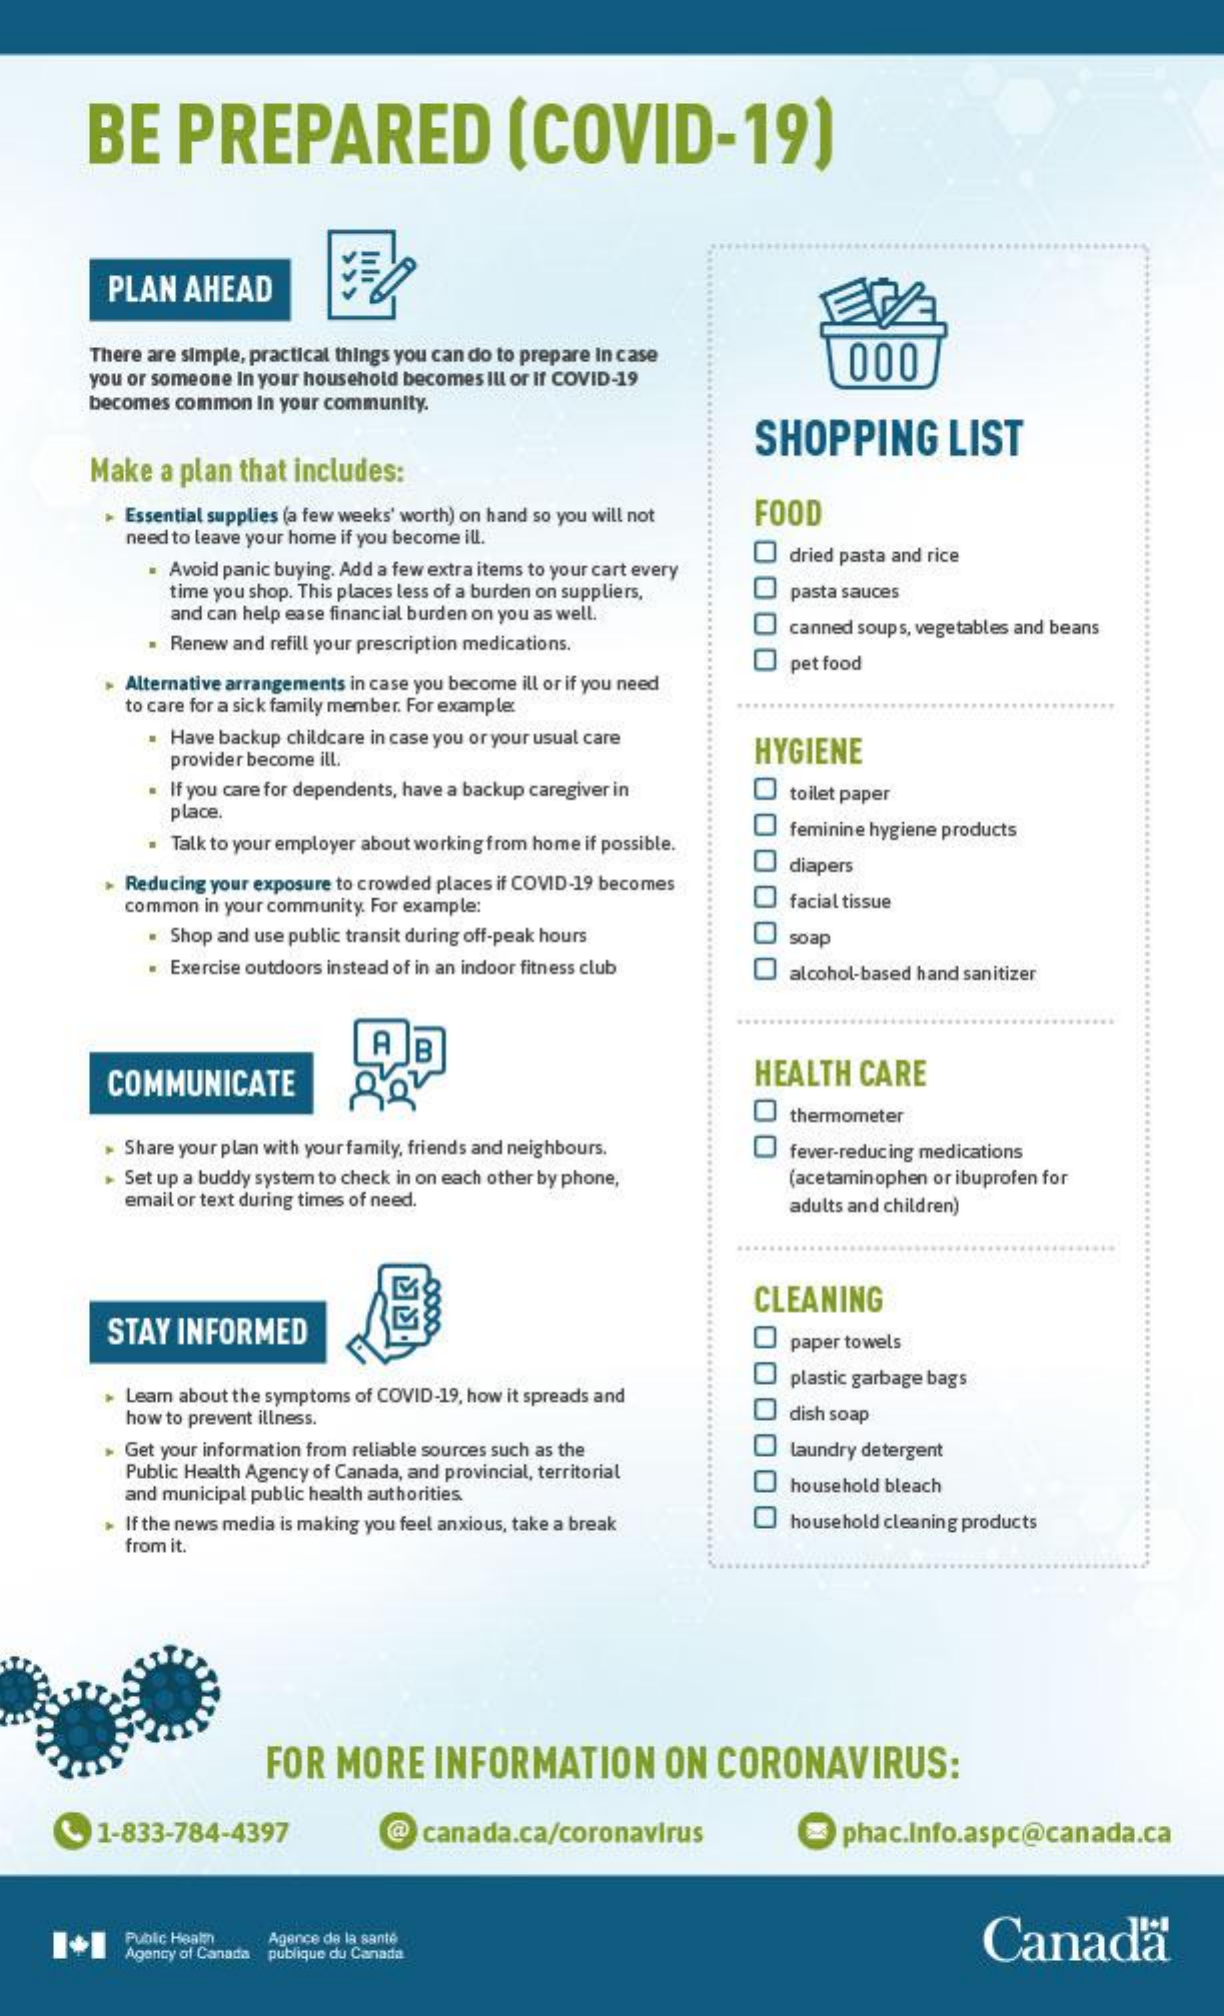
BE    PREPARED    (COVID-19)
     PLAN  AHEAD
     There are simple, practical things you can do to prepare In case 000
     you or someone In your household becomes Ill or if COVID-19
     becomes common In your community.
     SHOPPING    LIST
     Make a plan that includes:
     + Essential supplies (a few weeks' worth) on hand so you will not FOOD
     need to leave your home if you become ill.
     0000
     Avoid panic buying. Add a few extra items to your cart every
     dried pasta and rice
     time you shop. This places less of a burden on suppliers,
     and can help ease financial burden on you as well.
     pasta sauces
     Renew and refill your prescription medications.
     canned soups, vegetables and beans
     Alternative arrangements in case you become ill or if you need
     pet food
     to care for a sick family member. For example
     . Have backup childcare in case you or your usual care
     provider become ill.    HYGIENE
     000
     0
     0
     0
     . If you care for dependents, have a backup caregiver in toilet paper
     place.
     Talk to your employer about working from home if possible.
     feminine hygiene products
     diapers
     + Reducing your exposure to crowded places if COVID-19 becomes
     common in your community. For example:    facial tissue
     Shop and use public transit during off-peak hours  soap
     . Exercise outdoors instead of in an indoor fitness club alcohol-based hand sanitizer
     A  B
     COMMUNICATE    HEALTH  CARE
     thermometer
     Share your plan with your family, friends and neighbours. fever-reducing medications
     Set up a buddy system to check in on each other by phone, (acetaminophen or ibuprofen for
     email or text during times of need.    adults and children)
     STAY INFORMED
     CLEANING
     000
     0
     0
     0
     paper towels
     + Learn about the symptoms of COVID-19, how it spreads and
     plastic garbage bags
     how to prevent illness.    dish soap
     + Get your information from reliable sources such as the laundry detergent
     Public Health Agency of Canada, and provincial, territorial
     and municipal public health authorities.    household bleach
     If the news media is making you feel anxious, take a break household cleaning products
     from it.
     FOR  MORE    INFORMATION    ON   CORONAVIRUS:
     1-833-784-4397    @  canada.ca/coronavirus    phac.Info.aspc@canada.ca
     Public Heal    Canada®
     Agency of Canada
     Agence de la santé
     publique du Canada